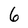
Character: 6